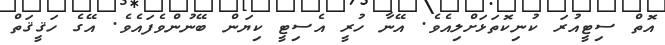
އޮތް ސިޓީއުރަ ކުނިކޮތަޅަށްލިއެވެ. އޭނާ ހުރީ އެސިޓީ ކިޔަން ބޭނުންވެފައެވެ. އޭގެ ހަޤީޤަތް